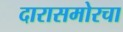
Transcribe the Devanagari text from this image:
दारासमोरचा